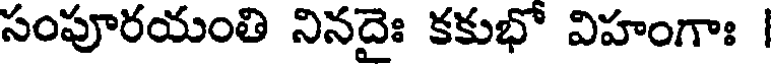
సంపూరయంతి నినదైః కకుభో విహంగాః |